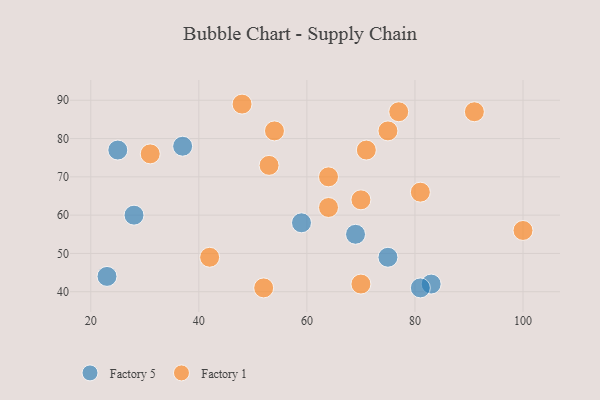
{"axis": {"x": "GDP", "y": "Life Expectancy"}, "legend": ["Factory 1", "Factory 5"], "data": [{"x": "25", "y": 77, "type": "Factory 5"}, {"x": "83", "y": 42, "type": "Factory 5"}, {"x": "28", "y": 60, "type": "Factory 5"}, {"x": "59", "y": 58, "type": "Factory 5"}, {"x": "75", "y": 49, "type": "Factory 5"}, {"x": "69", "y": 55, "type": "Factory 5"}, {"x": "23", "y": 44, "type": "Factory 5"}, {"x": "37", "y": 78, "type": "Factory 5"}, {"x": "81", "y": 41, "type": "Factory 5"}, {"x": "75", "y": 82, "type": "Factory 1"}, {"x": "64", "y": 70, "type": "Factory 1"}, {"x": "52", "y": 41, "type": "Factory 1"}, {"x": "64", "y": 62, "type": "Factory 1"}, {"x": "70", "y": 42, "type": "Factory 1"}, {"x": "77", "y": 87, "type": "Factory 1"}, {"x": "53", "y": 73, "type": "Factory 1"}, {"x": "48", "y": 89, "type": "Factory 1"}, {"x": "31", "y": 76, "type": "Factory 1"}, {"x": "54", "y": 82, "type": "Factory 1"}, {"x": "71", "y": 77, "type": "Factory 1"}, {"x": "42", "y": 49, "type": "Factory 1"}, {"x": "70", "y": 64, "type": "Factory 1"}, {"x": "100", "y": 56, "type": "Factory 1"}, {"x": "81", "y": 66, "type": "Factory 1"}, {"x": "91", "y": 87, "type": "Factory 1"}]}